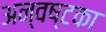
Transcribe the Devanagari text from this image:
अन्वष्टका